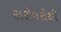
સરોવરોથી